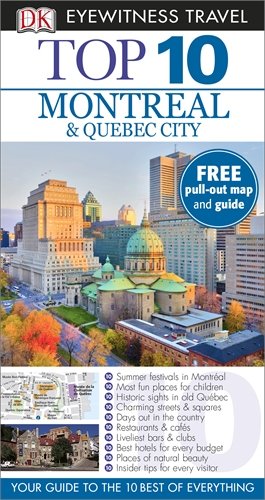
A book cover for DK Eyewitness Top 10 Travel Guide: Montreal & Quebec City; Gregory Gallagher; Travel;